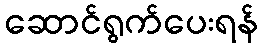
ဆောင်ရွက်ပေးရန်